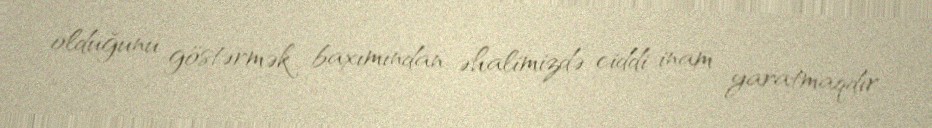
olduğunu göstərmək baxımından əhalimizdə ciddi inam yaratmaqdır.